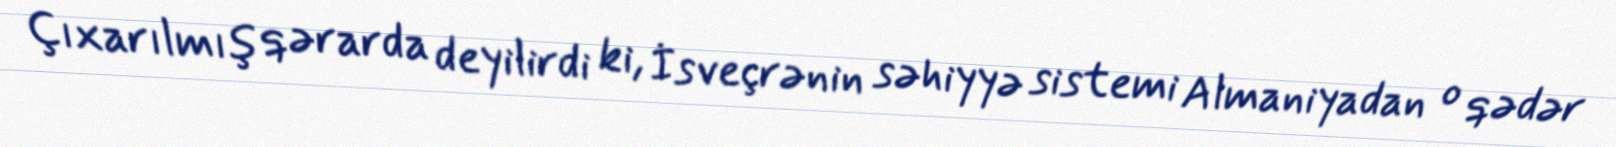
Çıxarılmış qərarda deyilirdi ki, İsveçrənin səhiyyə sistemi Almaniyadan o qədər